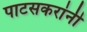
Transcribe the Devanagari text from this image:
पाटसकरांनी